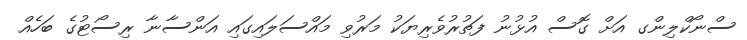
ސްނޯކްލިންގ އަށް ގޮސް އުޅުނު ފަތުރުވެރިޔަކު މަރުވި މައްސަލައިގައި އަންސާނާ ރިސޯޓުގެ ބަހެއް